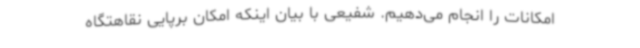
امکانات را انجام می‌دهیم. شفیعی با بیان اینکه امکان برپایی نقاهتگاه